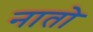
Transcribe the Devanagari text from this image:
नातो